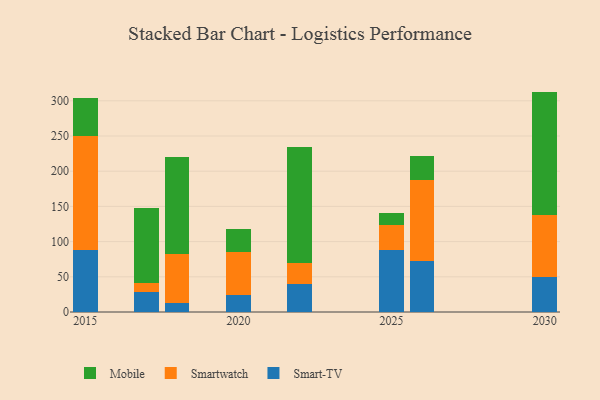
{"axis": {"x": "Year", "y": "Net Income (USD K)"}, "legend": ["Mobile", "Smart-TV", "Smartwatch"], "data": [{"x": "2022", "y": 39.6, "type": "Smart-TV"}, {"x": "2022", "y": 29.4, "type": "Smartwatch"}, {"x": "2022", "y": 165.3, "type": "Mobile"}, {"x": "2017", "y": 28.7, "type": "Smart-TV"}, {"x": "2017", "y": 12.5, "type": "Smartwatch"}, {"x": "2017", "y": 106.9, "type": "Mobile"}, {"x": "2030", "y": 49.1, "type": "Smart-TV"}, {"x": "2030", "y": 88.6, "type": "Smartwatch"}, {"x": "2030", "y": 175.4, "type": "Mobile"}, {"x": "2026", "y": 72.8, "type": "Smart-TV"}, {"x": "2026", "y": 115.2, "type": "Smartwatch"}, {"x": "2026", "y": 34.0, "type": "Mobile"}, {"x": "2015", "y": 87.9, "type": "Smart-TV"}, {"x": "2015", "y": 161.6, "type": "Smartwatch"}, {"x": "2015", "y": 53.9, "type": "Mobile"}, {"x": "2025", "y": 88.6, "type": "Smart-TV"}, {"x": "2025", "y": 35.1, "type": "Smartwatch"}, {"x": "2025", "y": 16.8, "type": "Mobile"}, {"x": "2020", "y": 23.7, "type": "Smart-TV"}, {"x": "2020", "y": 61.8, "type": "Smartwatch"}, {"x": "2020", "y": 31.9, "type": "Mobile"}, {"x": "2018", "y": 12.3, "type": "Smart-TV"}, {"x": "2018", "y": 69.9, "type": "Smartwatch"}, {"x": "2018", "y": 137.4, "type": "Mobile"}]}